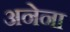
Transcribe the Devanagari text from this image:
अनेना